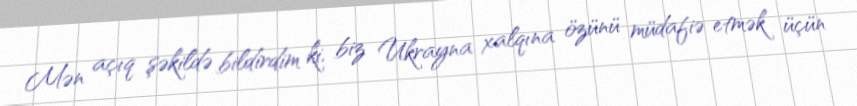
Mən açıq şəkildə bildirdim ki, biz Ukrayna xalqına özünü müdafiə etmək üçün